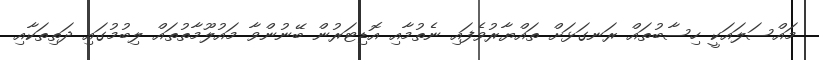
މައްސަލައަކީ ހިސާބުތައް ރަނގަޅަށް ތައްޔާރުވެފައި ނެތުމާއި އޮޑިޓަރުން ބޭނުންވާ މައުލޫމާތުތައް ލިބުމުގައި ދަތިތަކާއި